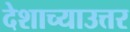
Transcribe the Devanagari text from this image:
देशाच्याउत्तर